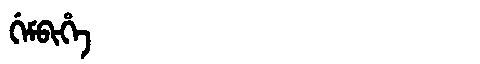
Manchu: ᡤᡝᠮᠪᡳᡥᡝ
Romanization: GEMBIHE